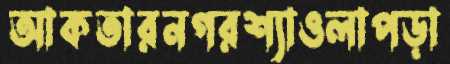
আকতারনগরশ্যাওলাপড়া